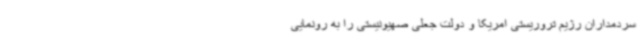
سردمداران رژیم تروریستی امریکا و دولت جعلی صهیونیستی را به رونمایی